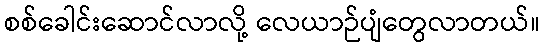
စစ်ခေါင်းဆောင်လာလို့ လေယာဉ်ပျံတွေလာတယ်။